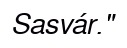
Sasvár."